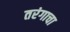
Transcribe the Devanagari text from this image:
तरंगाचा